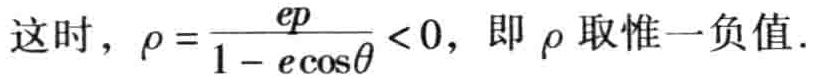
这时，\(\rho = \frac{ep}{1 - e\cos\theta} < 0\)，即\(\rho\)取惟一负值.